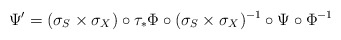
\begin{align*}\Psi' & =(\sigma_{S}\times\sigma_{X})\circ\tau_{*}\Phi\circ(\sigma_{S}\times\sigma_{X})^{-1}\circ\Psi\circ\Phi^{-1}\end{align*}